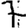
Digit: 7